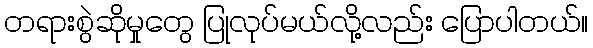
တရားစွဲဆိုမှုတွေ ပြုလုပ်မယ်လို့လည်း ပြောပါတယ်။